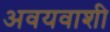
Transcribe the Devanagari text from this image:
अवयवाशी